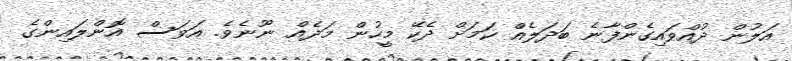
އަލުން ދުއްވައިގެންފާނެ ބަދަލެއް ކަމަށް ދެކޭ މީހުން މަދެއް ނޫނެވެ. އަވަސް އޮންލައިންގެ